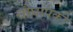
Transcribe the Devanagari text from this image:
चौघांपैकी